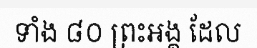
ទាំង ៨០ ព្រះអង្គ ដែល